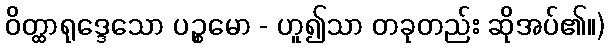
ဝိတ္ထာရုဒ္ဒေသော ပဉ္စမော - ဟူ၍သာ တခုတည်း ဆိုအပ်၏။)